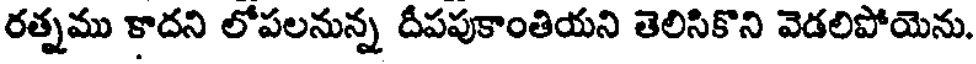
రత్నము కాదని లోపలనున్న దీపపుకాంతియని తెలిసికొని వెడలిపోయెను.